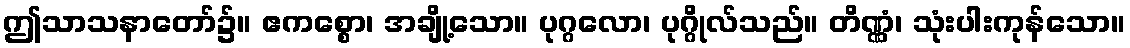
ဤသာသနာတော်၌။ ဧကစ္စော၊ အချို့သော။ ပုဂ္ဂလော၊ ပုဂ္ဂိုလ်သည်။ တိဏ္ဏံ၊ သုံးပါးကုန်သော။